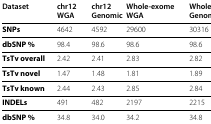
<table><thead><tr><td><b>Dataset</b></td><td><b>chr12 WGA</b></td><td><b>chr12 Genomic</b></td><td><b>Whole-exome WGA</b></td><td><b>Whole-exome Genomic</b></td></tr></thead><tbody><tr><td><b>SNPs</b></td><td>4642</td><td>4592</td><td>29600</td><td>30316</td></tr><tr><td><b>dbSNP %</b></td><td>98.4</td><td>98.6</td><td>98.6</td><td>98.6</td></tr><tr><td><b>TsTv overall</b></td><td>2.42</td><td>2.41</td><td>2.83</td><td>2.82</td></tr><tr><td><b>TsTv novel</b></td><td>1.47</td><td>1.48</td><td>1.81</td><td>1.89</td></tr><tr><td><b>TsTv known</b></td><td>2.44</td><td>2.43</td><td>2.85</td><td>2.84</td></tr><tr><td><b>INDELs</b></td><td>491</td><td>482</td><td>2197</td><td>2215</td></tr><tr><td><b>dbSNP %</b></td><td>34.8</td><td>34.0</td><td>34.2</td><td>34.8</td></tr></tbody></table>